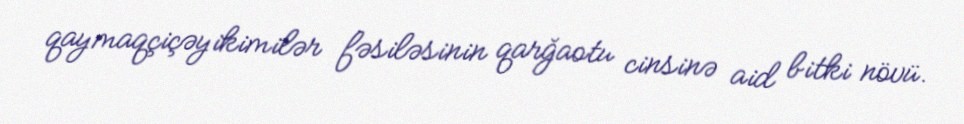
qaymaqçiçəyikimilər fəsiləsinin qarğaotu cinsinə aid bitki növü.